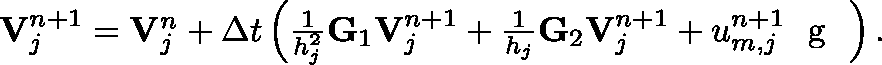
\begin{array} { r } { \mathbf { V } _ { j } ^ { n + 1 } = \mathbf { V } _ { j } ^ { n } + \Delta t \left( \frac { 1 } { h _ { j } ^ { 2 } } \mathbf { G } _ { 1 } \mathbf { V } _ { j } ^ { n + 1 } + \frac { 1 } { h _ { j } } \mathbf { G } _ { 2 } \mathbf { V } _ { j } ^ { n + 1 } + u _ { m , j } ^ { n + 1 } \textrm { \boldmath { g } } \right) . } \end{array}